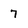
Character: 7